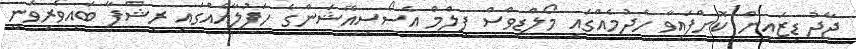
ޖާދު ޑިޒައިން ކޮށްފައިވާ ހެދުމެއްގައި މޯލްޑިވްސް ފިލްމް އެސޯސިއޭޝަންގެ ހަފުލާއެއްގައި ރިޝްފާ ބައިވެރިވަނީ